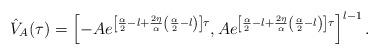
LaTeX: \begin{align*} \hat{V}_A(\tau) = \left[-A e^{\left[\frac{\alpha}{2}-l +\frac{2\eta}{\alpha}\left(\frac{\alpha}{2}-l \right) \right] \tau}, A e^{\left[\frac{\alpha}{2}-l +\frac{2\eta}{\alpha}\left(\frac{\alpha}{2}-l \right) \right] \tau} \right]^{l-1}.\end{align*}